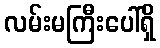
လမ်းမကြီးပေါ်ရှိ